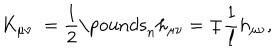
K _ { \mu \nu } : = \frac { 1 } { 2 } \mathrm { \ p o u n d s } _ { n } h _ { \mu \nu } = \mp \frac { 1 } { \ell } h _ { \mu \nu } ,